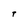
Character: T